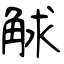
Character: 觩